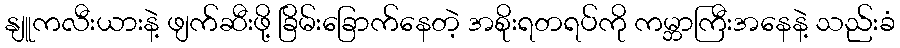
နျူကလီးယားနဲ့ ဖျက်ဆီးဖို့ ခြိမ်းခြောက်နေတဲ့ အစိုးရတရပ်ကို ကမ္ဘာကြီးအနေနဲ့ သည်းခံ